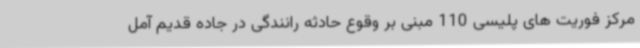
مرکز فوریت های پلیسی 110 مبنی بر وقوع حادثه رانندگی در جاده قدیم آمل